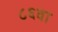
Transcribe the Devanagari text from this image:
८६वा